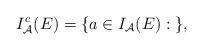
LaTeX: \begin{align*} I_{\mathcal{A}}^c(E)=\{ a \in I_{\mathcal{A}}(E): \; \}, \end{align*}